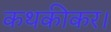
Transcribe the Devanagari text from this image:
कथकीकर।